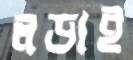
লড়াই